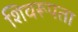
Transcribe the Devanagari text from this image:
शिवरूपता